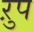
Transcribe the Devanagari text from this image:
ऱुप